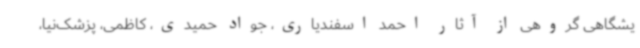
یشگاهی گروهی از آثار احمد اسفندیاری، جواد حمیدی، کاظمی، پزشک‌نیا،